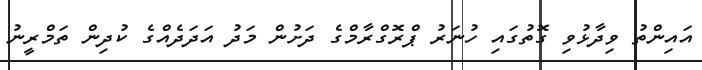
އައިންތު ވިދާޅުވި ގޮތުގައި ހުނަރު ޕްރޮގްރާމްގެ ދަށުން މަދު އަދަދެއްގެ ކުދިން ތަމްރީނު